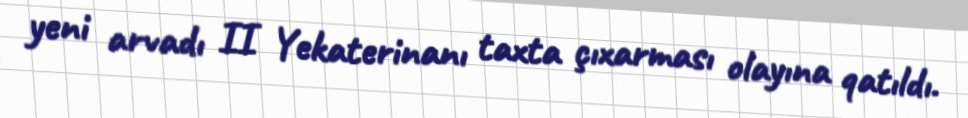
yeni arvadı II Yekaterinanı taxta çıxarması olayına qatıldı.